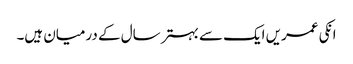
انکی عمریں ایک سے بہتر سال کے درمیان ہیں۔